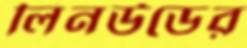
লিনউডের